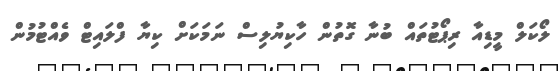
ލޯކަލް މީޑިއާ ރިޕޯޓުތައް ބުނާ ގޮތުން ހާކިޔުލިސް ނަމަކަށް ކިޔާ ފްލައިޓް ވެއްޓުމުން